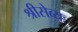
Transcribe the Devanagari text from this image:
श्रीसेव्यः